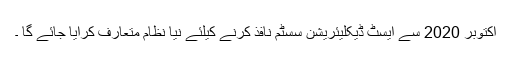
اکتوبر 2020 سے ایسٹ ڈیکلیئریشن سسٹم نافذ کرنے کیلئے نیا نظام متعارف کرایا جائے گا ۔